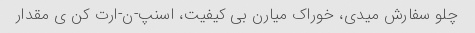
چلو سفارش میدی، خوراک میارن بی کیفیت، اسنپ-ن-ارت کن ی مقدار